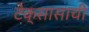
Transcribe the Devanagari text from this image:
टेक्सासाची